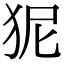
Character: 狔